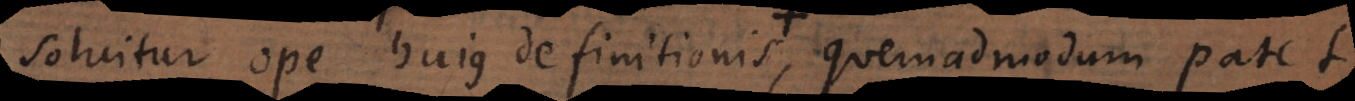
solvitur ope hujus definitionis, quae ostendit